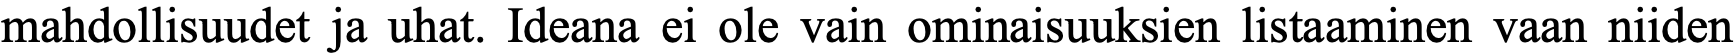
mahdollisuudet ja uhat. Ideana ei ole vain ominaisuuksien listaaminen vaan niiden